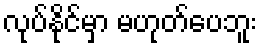
လုပ်နိုင်မှာ မဟုတ်ပေဘူး